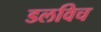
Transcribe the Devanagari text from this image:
डलविच